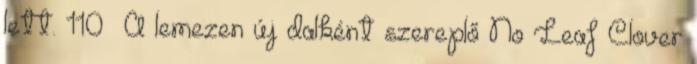
lett. 110 A lemezen új dalként szereplő No Leaf Clover